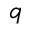
q